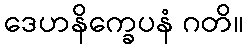
ဒေဟနိက္ခေပနံ ဂတိ။